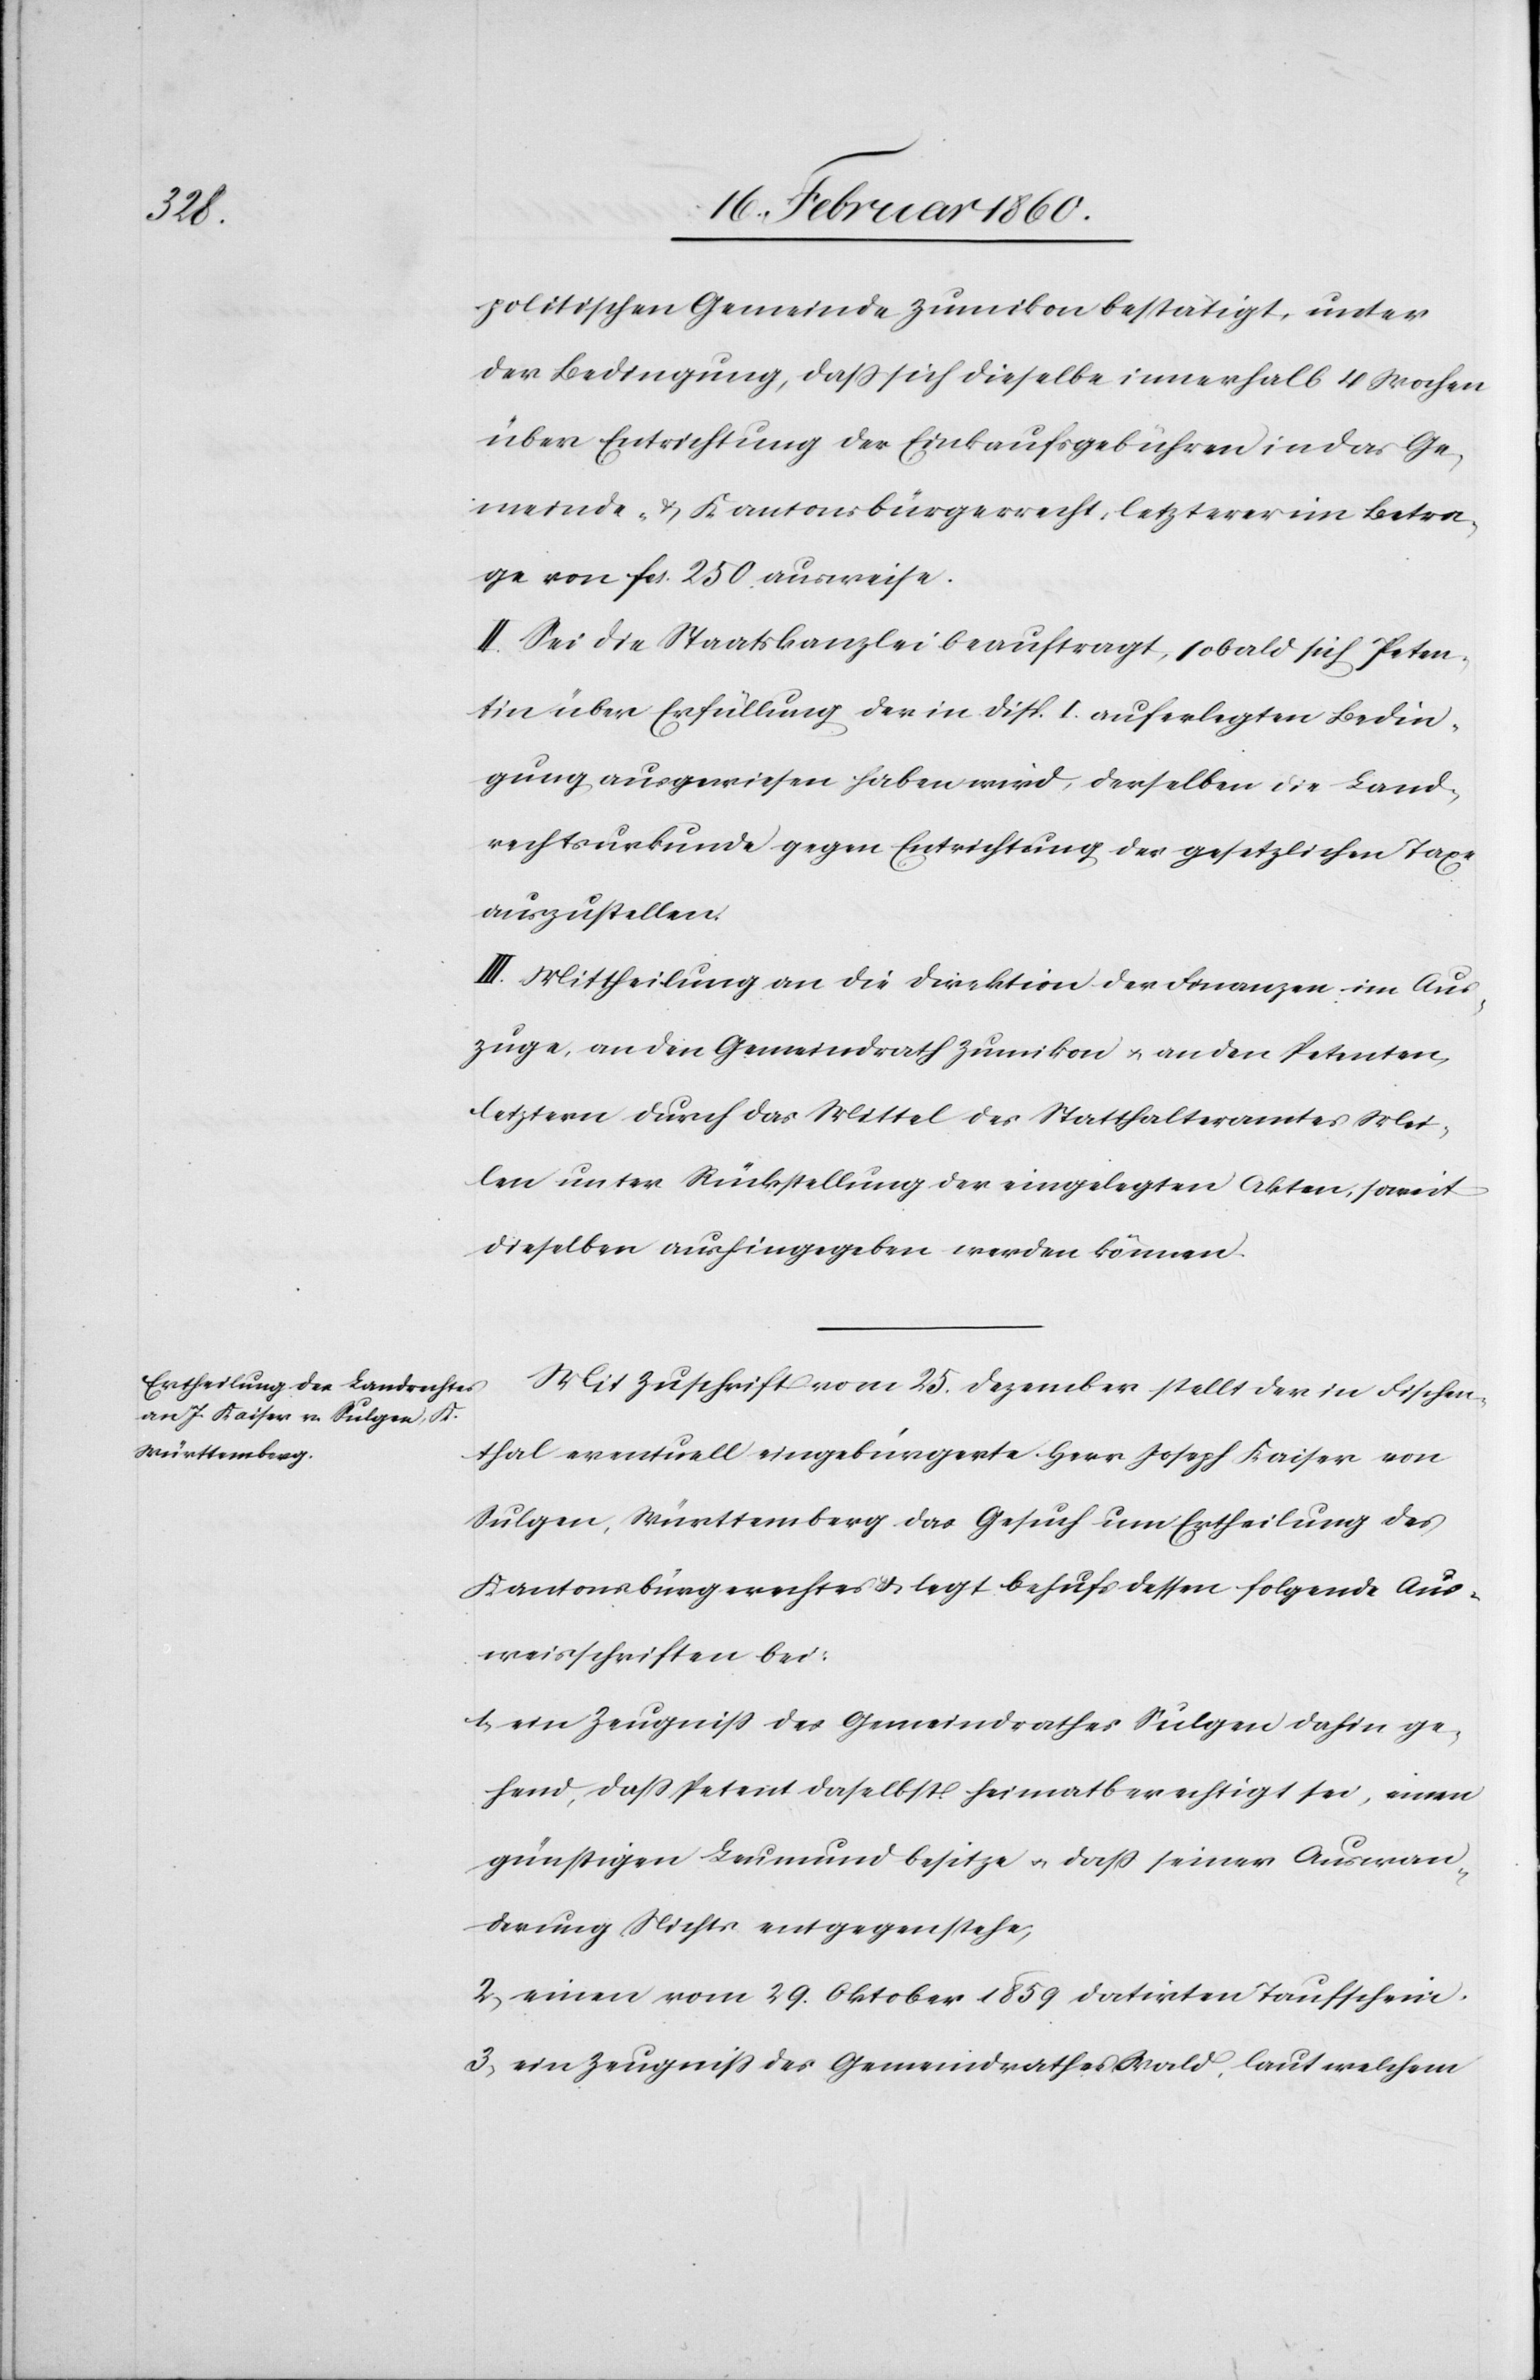
politischen Gemeinde Zumikon bestätigt, unter
der Bedingung, dass sich dieselbe innerhalb 4 Wochen
über Entrichtung der Einkaufsgebühren in das Ge¬
meinde- u. Kantonsbürgerrecht, letzterer im Betra¬
ge von fcs. 250. ausweise.
II. Sei die Staatskanzlei beauftragt, sobald sich Peten¬
tin über Erfüllung der in Disp. I. auferlegten Bedin¬
gung ausgewiesen haben wird, derselben die Land¬
rechtsurkunde gegen Entrichtung der gesetzlichen Taxe
auszustellen.
III. Mittheilung an die Direktion der Finanzen im Aus¬
zuge, an den Gemeindrath Zumikon u. an den Petenten,
letztern durch das Mittel des Statthalteramtes Mei¬
len unter Rückstellung der eingelegten Akten, soweit
dieselbe aushingegeben werden können.
Mit Zuschrift vom 25. Dezember stellt der in Fischen¬
thal eventuell verbürgerte Herr Joseph Kaiser von
Sulgen, Württemberg das Gesuch um Ertheilung des
Kantonsbürgerrechtes u. legt behufs dessen folgende Aus¬
weisschriften bei:
1. ein Zeugniss des Gemeindrathes Sulgen dahin ge¬
hend, dass Petent daselbst heimatberechtigt sei, einen
günstigen Leumund besitze u. dass seiner Auswan¬
derung Nichts entgegenstehe;
2. einen vom 29. Oktober datirten Taufschein.
3. ein Zeugniss des Gemeindrathes Wald, laut welchem